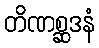
တိဏစ္ဆဒနံ